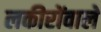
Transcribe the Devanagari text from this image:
लकीरोंवाले